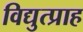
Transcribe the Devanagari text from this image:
विद्युत्प्राह